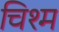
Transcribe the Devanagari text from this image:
चिश्म